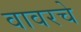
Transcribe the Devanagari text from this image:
वावरचे